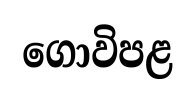
ගොවිපළ